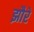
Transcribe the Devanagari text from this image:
झौरे